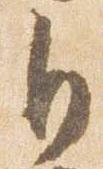
自